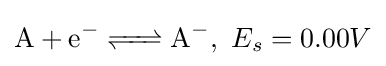
{\ce {A + e- <=> A-}},\ E_{s}=0.00V